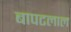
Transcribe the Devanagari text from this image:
बापटलाल